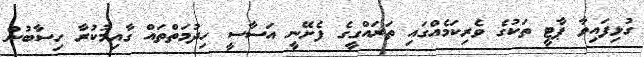
ގުޅިފައިވާ ޕާޓީ ތަކުގެ ވެރިކަމެއްގައި ތަަރައްގީގެ ފެށޭނީ އަސާސީ ހިދުމަތްތައް ގާއިމުކުރާ ހިސާބުން